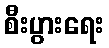
စီးပွားရေး